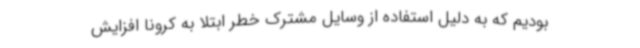
بودیم که به دلیل استفاده از وسایل مشترک خطر ابتلا به کرونا افزایش